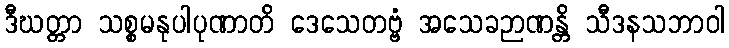
ဒီဃတ္တာ သစ္စမနုပါပုဏာတိ ဒေသေတဗ္ဗံ အသေခဉာဏန္တိ သီဒနသဘာဝါ